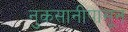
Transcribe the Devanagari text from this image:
नुकसानीपासून